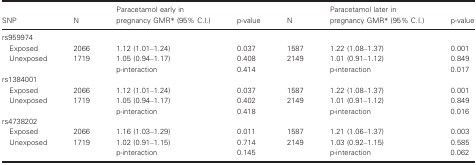
<table><thead><tr><td><b>SNP</b></td><td><b>N</b></td><td><b>Paracetamol early in pregnancy GMRa (95% C.I.)</b></td><td><b>p‐value</b></td><td><b>N</b></td><td><b>Paracetamol later in pregnancy GMRa (95% C.I.)</b></td><td><b>p‐value</b></td></tr></thead><tbody><tr><td colspan="7">rs959974</td></tr><tr><td>Exposed</td><td>2066</td><td>1.12 (1.01–1.24)</td><td>0.037</td><td>1587</td><td>1.22 (1.08–1.37)</td><td>0.001</td></tr><tr><td>Unexposed</td><td>1719</td><td>1.05 (0.94–1.17)</td><td>0.408</td><td>2149</td><td>1.01 (0.91–1.12)</td><td>0.849</td></tr><tr><td></td><td></td><td>p‐interaction</td><td>0.414</td><td></td><td>p‐interaction</td><td>0.017</td></tr><tr><td colspan="7">rs1384001</td></tr><tr><td>Exposed</td><td>2066</td><td>1.12 (1.01–1.24)</td><td>0.037</td><td>1587</td><td>1.22 (1.08–1.37)</td><td>0.001</td></tr><tr><td>Unexposed</td><td>1719</td><td>1.05 (0.94–1.17)</td><td>0.402</td><td>2149</td><td>1.01 (0.91–1.12)</td><td>0.849</td></tr><tr><td></td><td></td><td>p‐interaction</td><td>0.418</td><td></td><td>p‐interaction</td><td>0.016</td></tr><tr><td colspan="7">rs4738202</td></tr><tr><td>Exposed</td><td>2066</td><td>1.16 (1.03–1.29)</td><td>0.011</td><td>1587</td><td>1.21 (1.06–1.37)</td><td>0.003</td></tr><tr><td>Unexposed</td><td>1719</td><td>1.02 (0.91–1.15)</td><td>0.714</td><td>2149</td><td>1.03 (0.92–1.15)</td><td>0.585</td></tr><tr><td></td><td></td><td>p‐interaction</td><td>0.145</td><td></td><td>p‐interaction</td><td>0.062</td></tr></tbody></table>